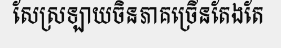
សែស្រឡាយចិនភាគច្រើនតែងតែ